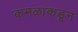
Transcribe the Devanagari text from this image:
कमळाकडून